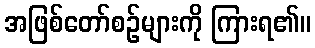
အဖြစ်တော်စဉ်များကို ကြားရ၏။